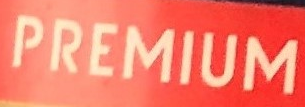
PREMIUM